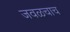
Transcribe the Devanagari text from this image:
जवळचाच